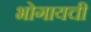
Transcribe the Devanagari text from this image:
भोगायची